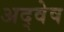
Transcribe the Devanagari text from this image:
अद्वेष